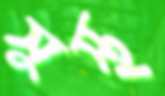
সুস্থ